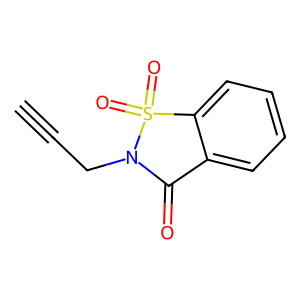
SMILES: C#CCN1C(=O)c2ccccc2S1(=O)=O
Inhibits HIV replication: No